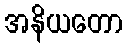
အနိယတော